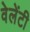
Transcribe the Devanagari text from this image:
वेलेंटी